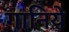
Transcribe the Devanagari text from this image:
गानिये